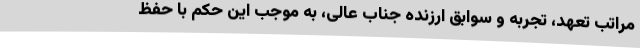
مراتب تعهد، تجربه و سوابق ارزنده جناب عالی، به موجب این حکم با حفظ